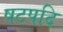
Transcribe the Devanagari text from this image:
षटपदि